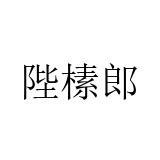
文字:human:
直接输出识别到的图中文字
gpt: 陛榡郎